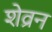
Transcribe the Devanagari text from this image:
शेव्रन